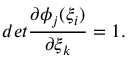
d e t \frac { \partial \phi _ { j } ( \xi _ { i } ) } { \partial \xi _ { k } } = 1 .